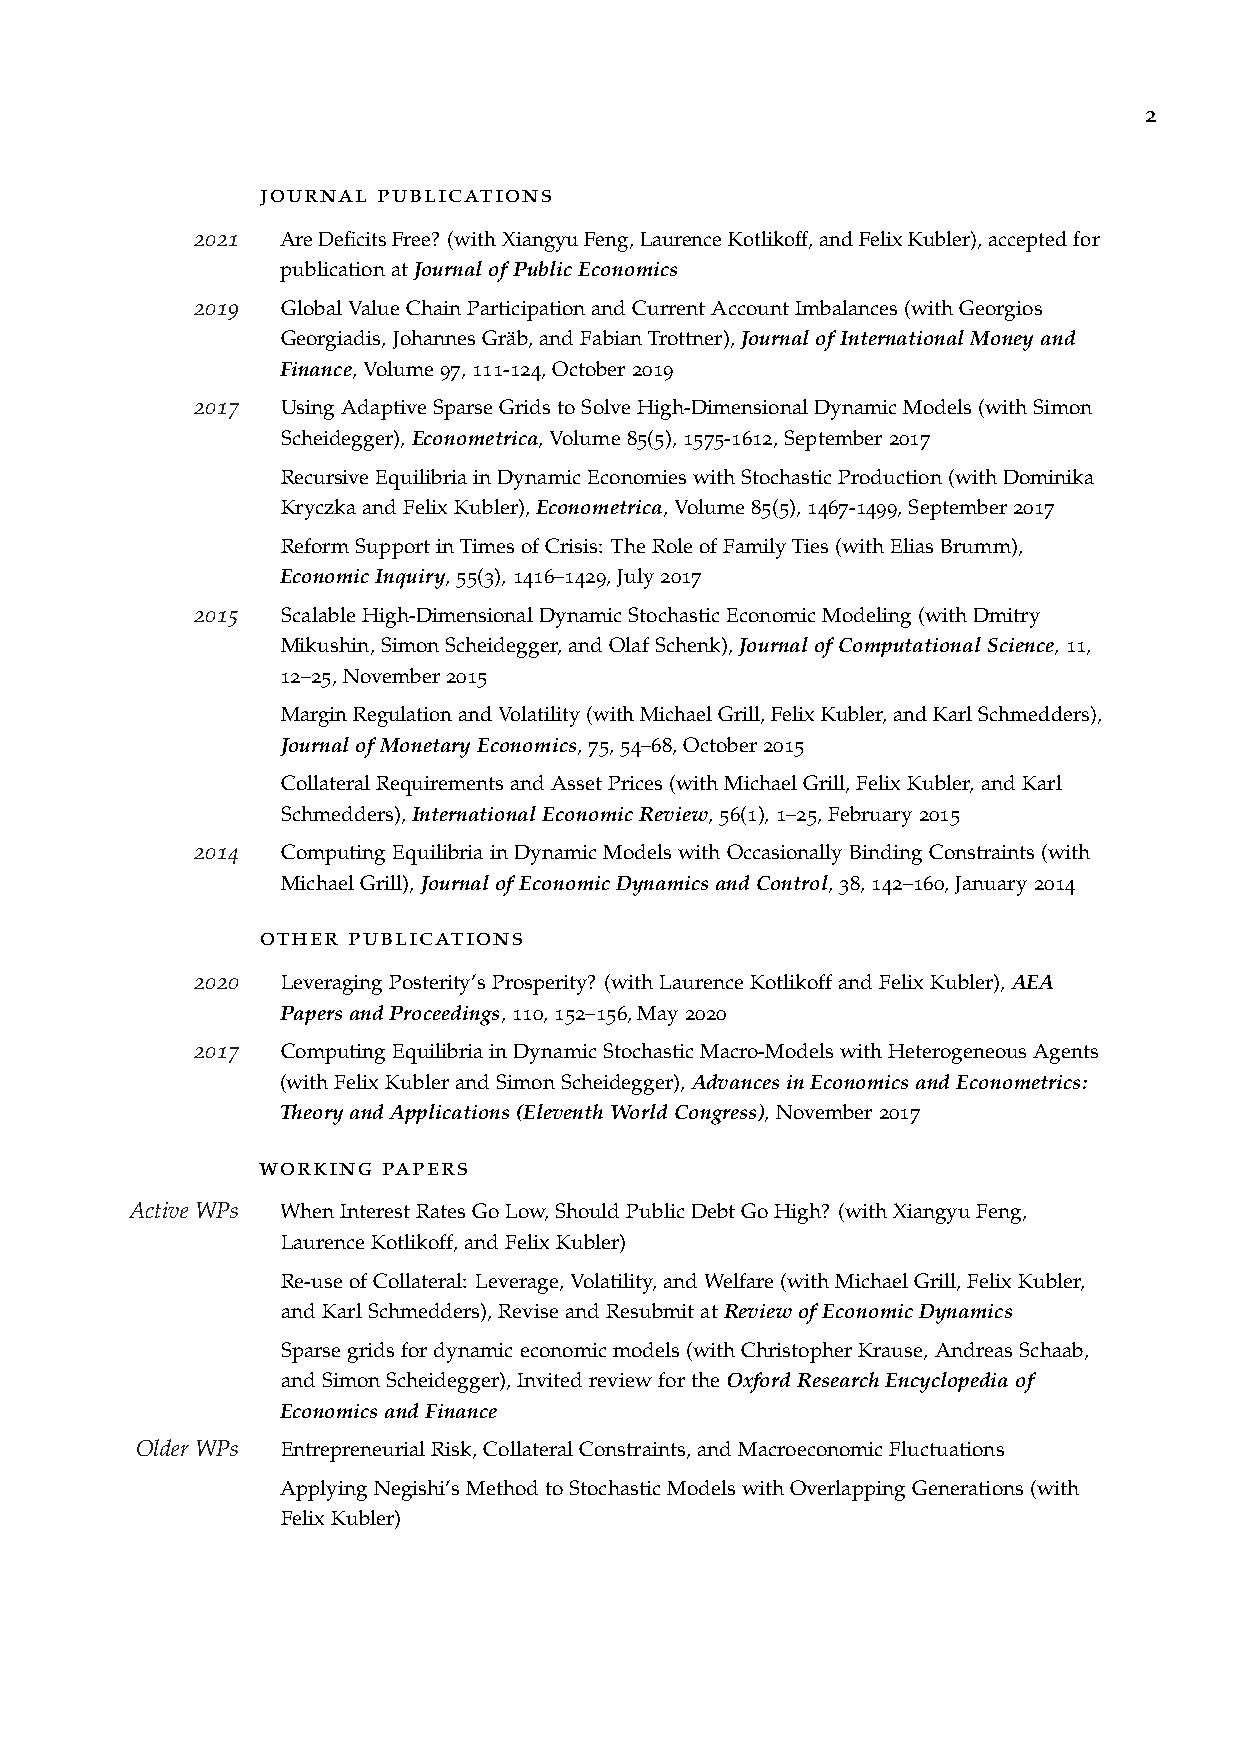
2
 journal publications
 2021  AreDeficitsFree? (withXiangyuFeng,LaurenceKotlikoff,andFelixKubler),acceptedfor
 publicationatJournalofPublicEconomics
 2019  GlobalValueChainParticipationandCurrentAccountImbalances(withGeorgios
 Georgiadis,JohannesGräb,andFabianTrottner),JournalofInternationalMoneyand
 Finance,Volume97,111-124,October2019
 2017  UsingAdaptiveSparseGridstoSolveHigh-DimensionalDynamicModels(withSimon
 Scheidegger),Econometrica,Volume85(5),1575-1612,September2017
 RecursiveEquilibriainDynamicEconomieswithStochasticProduction(withDominika
 KryczkaandFelixKubler),Econometrica,Volume85(5),1467-1499,September2017
 ReformSupportinTimesofCrisis: TheRoleofFamilyTies(withEliasBrumm),
 EconomicInquiry,55(3),1416–1429,July2017
 2015  ScalableHigh-DimensionalDynamicStochasticEconomicModeling(withDmitry
 Mikushin,SimonScheidegger,andOlafSchenk),JournalofComputationalScience,11,
 12–25,November2015
 MarginRegulationandVolatility(withMichaelGrill,FelixKubler,andKarlSchmedders),
 JournalofMonetaryEconomics,75,54–68,October2015
 CollateralRequirementsandAssetPrices(withMichaelGrill,FelixKubler,andKarl
 Schmedders),InternationalEconomicReview,56(1),1–25,February2015
 2014  ComputingEquilibriainDynamicModelswithOccasionallyBindingConstraints(with
 MichaelGrill),JournalofEconomicDynamicsandControl,38,142–160,January2014
 other publications
 2020  LeveragingPosterity’sProsperity? (withLaurenceKotlikoffandFelixKubler),AEA
 PapersandProceedings,110,152–156,May2020
 2017  ComputingEquilibriainDynamicStochasticMacro-ModelswithHeterogeneousAgents
 (withFelixKublerandSimonScheidegger),AdvancesinEconomicsandEconometrics:
 TheoryandApplications(EleventhWorldCongress),November2017
 working papers
 Active WPs WhenInterestRatesGoLow,ShouldPublicDebtGoHigh? (withXiangyuFeng,
 LaurenceKotlikoff,andFelixKubler)
 Re-useofCollateral: Leverage,Volatility,andWelfare(withMichaelGrill,FelixKubler,
 andKarlSchmedders),ReviseandResubmitatReviewofEconomicDynamics
 Sparsegridsfordynamiceconomicmodels(withChristopherKrause,AndreasSchaab,
 andSimonScheidegger),InvitedreviewfortheOxfordResearchEncyclopediaof
 EconomicsandFinance
 Older WPs EntrepreneurialRisk,CollateralConstraints,andMacroeconomicFluctuations
 ApplyingNegishi’sMethodtoStochasticModelswithOverlappingGenerations(with
 FelixKubler)